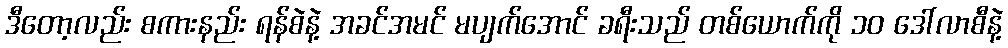
ဒီတော့လည်း စကားနည်း ရန်စဲနဲ့ အခင်အမင် မပျက်အောင် ခရီးသည် တစ်ယောက်ကို ၁၀ ဒေါ်လာစီနဲ့